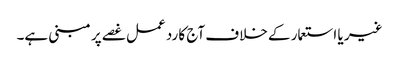
غیر یا استعمار کے خلاف آج کا رد عمل غصے پر مبنی ہے۔